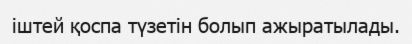
іштей қоспа түзетін болып ажыратылады.